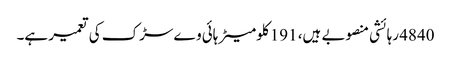
4840 رہائشی منصوبے ہیں، 191 کلومیٹر ہائی وے سڑک کی تعمیر ہے۔